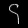
Digit: ၄